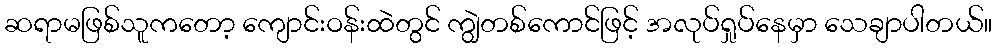
ဆရာမဖြစ်သူကတော့ ကျောင်းဝန်းထဲတွင် ကျွဲတစ်ကောင်ဖြင့် အလုပ်ရှုပ်နေမှာ သေချာပါတယ်။